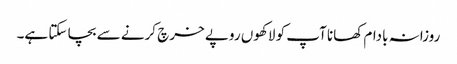
روزانہ بادام کھانا آپ کو لاکھوں روپے خرچ کرنے سے بچا سکتا ہے۔